Rangoon Lunatic Asylum 1893-1897 - 1893-1897
Year: 1893
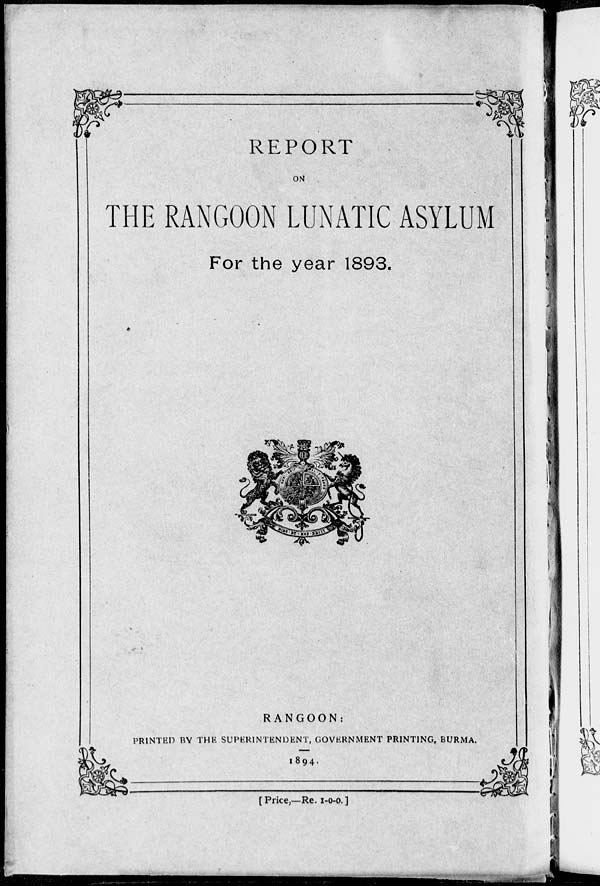
REPORT
ON
THE RANGOON LUNATIC ASYLUM
For the year 1893.
RANGOON:
PRINTED BY THE SUPERINTENDENT, GOVERNMENT PRINTING, BURMA.
1894.
[Price,—Re. 1-0-0.]